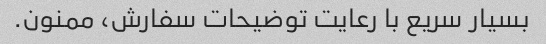
بسیار سریع با رعایت توضیحات سفارش، ممنون.